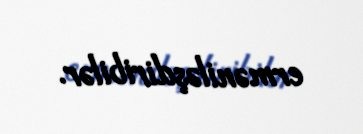
erməniləşdiribilər.